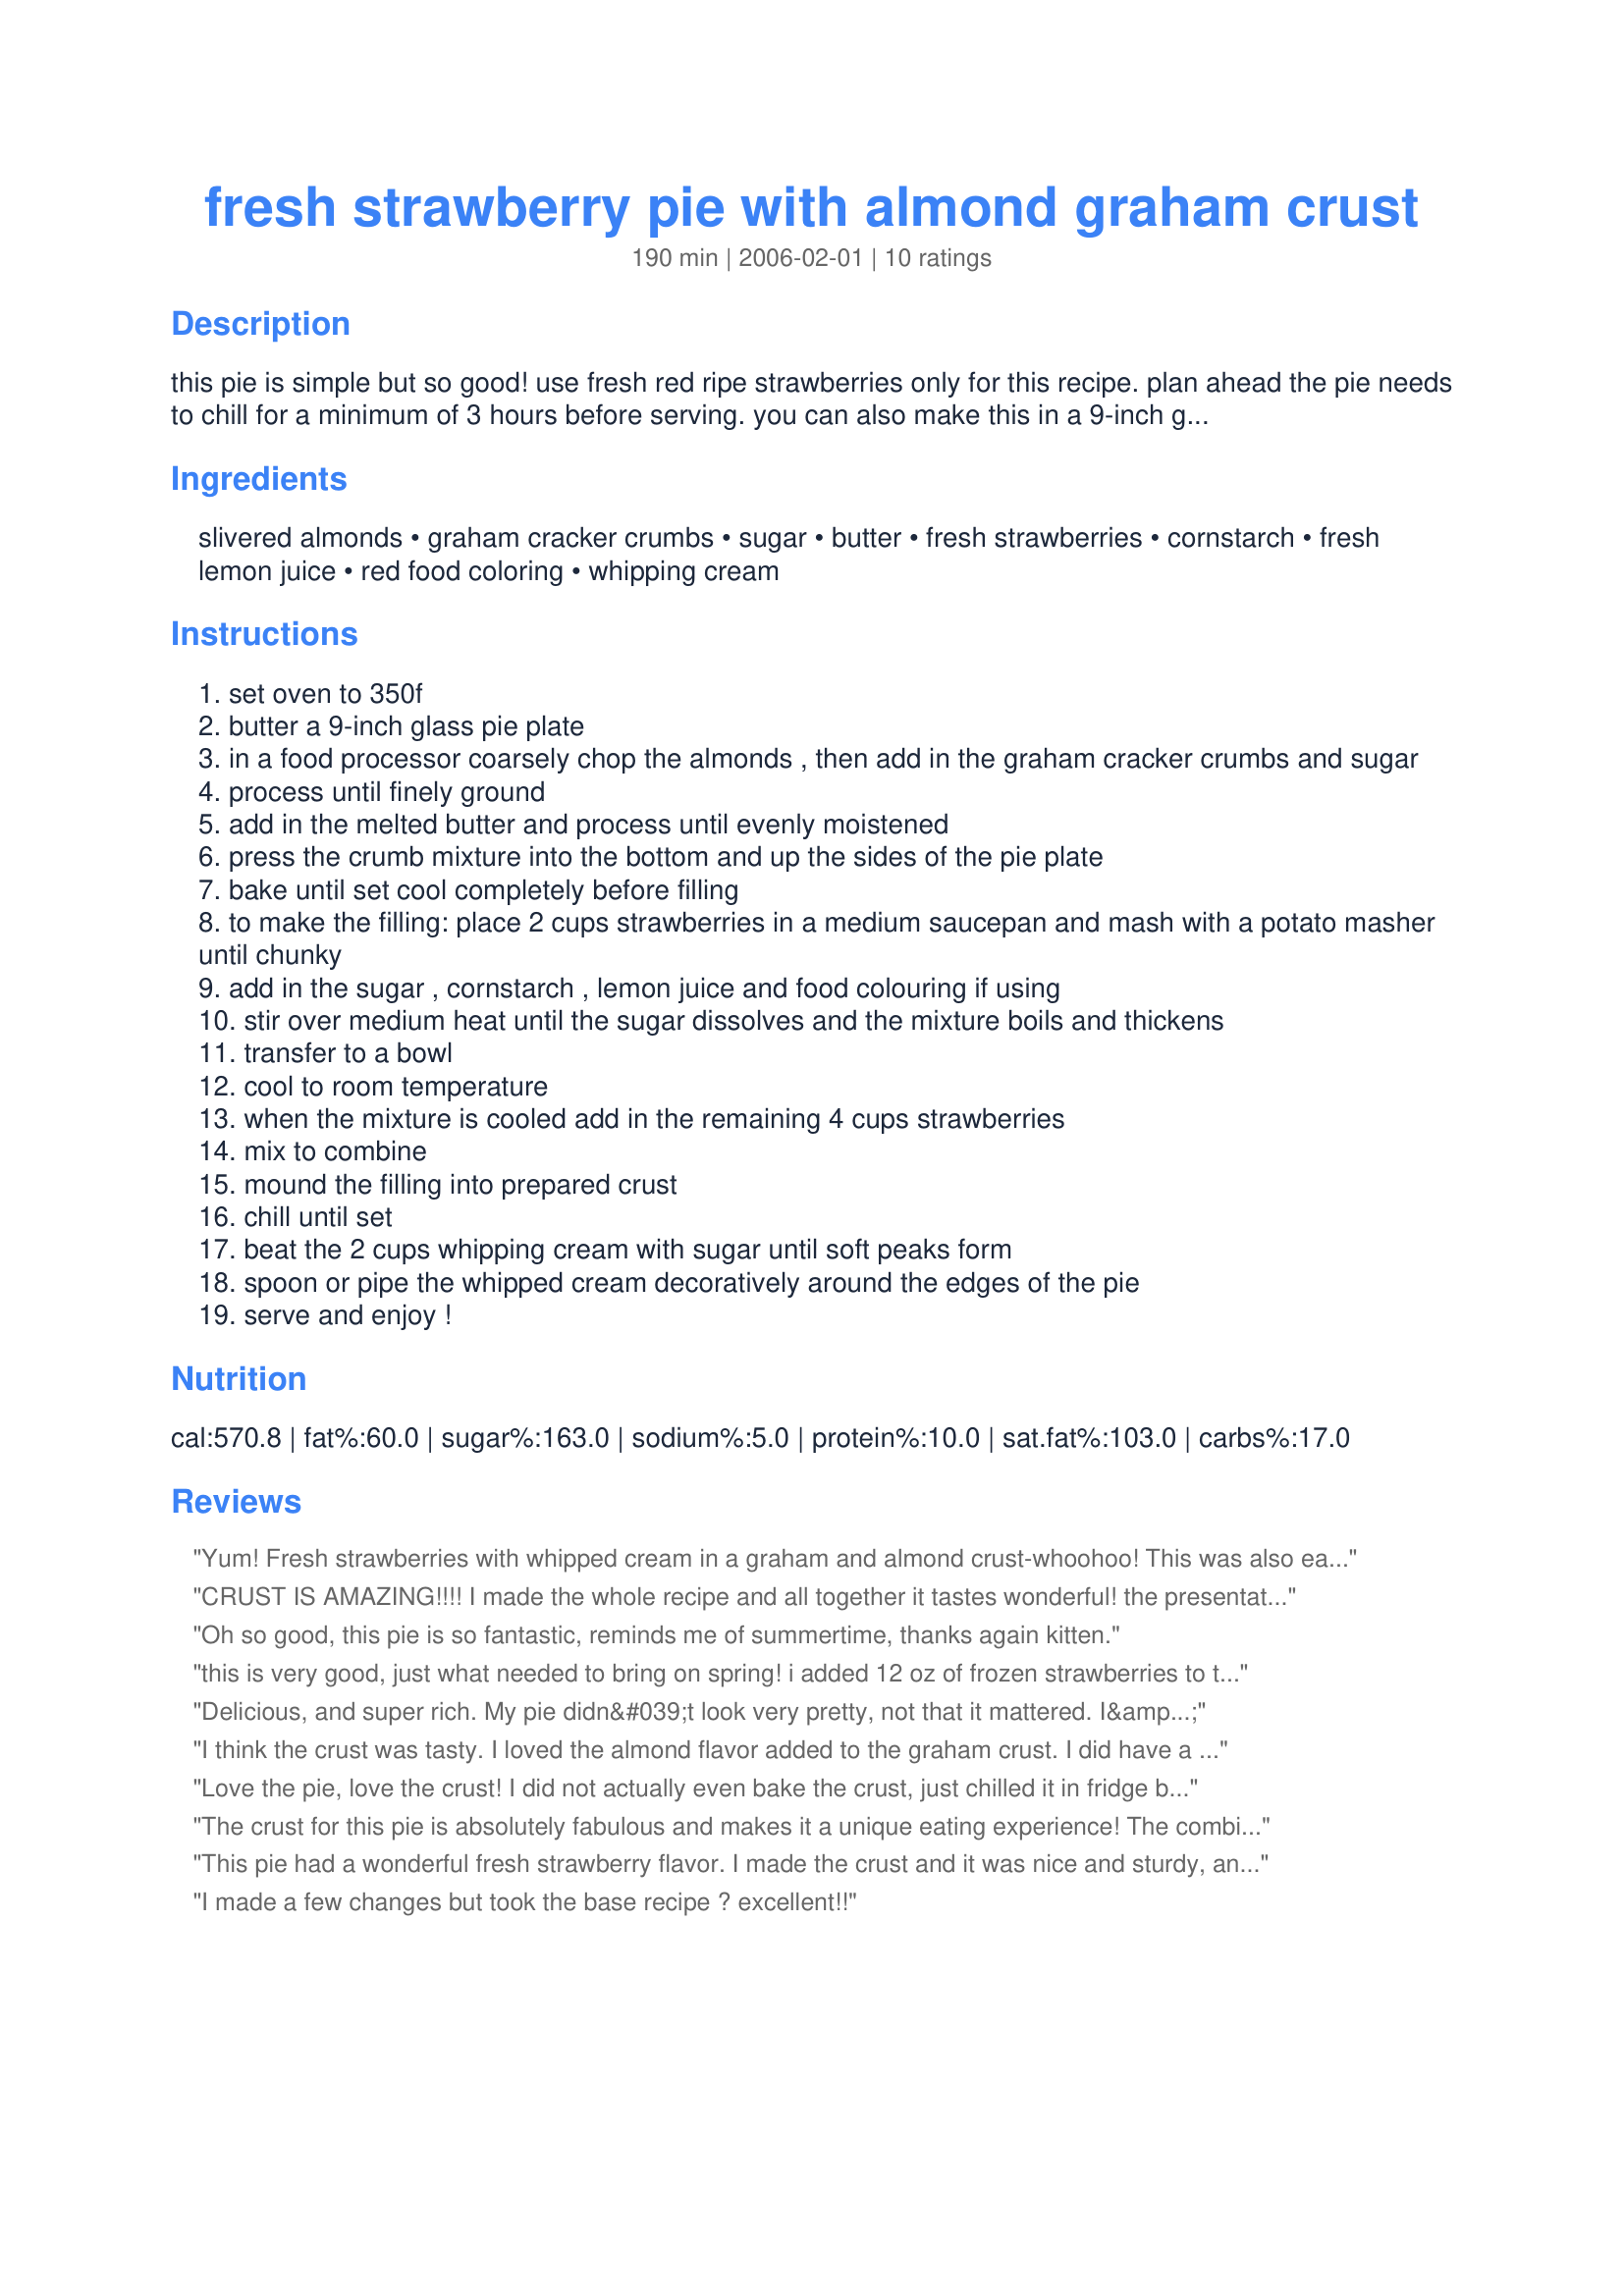
fresh strawberry pie with almond graham crust
Preparation time: 190 minutes

this pie is simple but so good! use fresh red ripe strawberries only for this recipe. plan ahead the pie needs to chill for a minimum of 3 hours before serving. you can also make this in a 9-inch glass baking dish. prep time includes chilling time, cooking time is for the crust.

Ingredients:
slivered almonds, graham cracker crumbs, sugar, butter, fresh strawberries, cornstarch, fresh lemon juice, red food coloring, whipping cream

Steps:
set oven to 350f
butter a 9-inch glass pie plate
in a food processor coarsely chop the almonds , then add in the graham cracker crumbs and sugar
process until finely ground
add in the melted butter and process until evenly moistened
press the crumb mixture into the bottom and up the sides of the pie plate
bake until set cool completely before filling
to make the filling: place 2 cups strawberries in a medium saucepan and mash with a potato masher until chunky
add in the sugar , cornstarch , lemon juice and food colouring if using
stir over medium heat until the sugar dissolves and the mixture boils and thickens
transfer to a bowl
cool to room temperature
when the mixture is cooled add in the remaining 4 cups strawberries
mix to combine
mound the filling into prepared crust
chill until set
beat the 2 cups whipping cream with sugar until soft peaks form
spoon or pipe the whipped cream decoratively around the edges of the pie
serve and enjoy !

Reviews:
Yum! Fresh strawberries with whipped cream in a graham and almond crust-whoohoo! This was also easy to put together. I cheated too and started with an already made crust and added ground almonds. Thanks Kitten!
CRUST IS AMAZING!!!! I made the whole recipe and all together it tastes wonderful! the presentation isn't the prettiest but the taste will blow you away! Thank you everyone raved how great the crust is. I am looking for a different strawberry filling. I want one that is like the old restaurant chain Tippins which used whole strawberries and w/ a thin glaze, not sure how to find that recipe or one similar but that is my goal. Thank you Kittencal you always have wonderful recipes! I have already made twice this year and will make a 3rd time today but I am going to try a different filling this attempt.
Oh so good, this pie is so fantastic, reminds me of summertime, thanks again kitten.
this is very good, just what needed to bring on spring! i added 12 oz of frozen strawberries to the mix, along with 16 oz fresh. used a store bought graham crust , and added some almonds. this took no time to make this morning, and made a great dessert - keeper
Delicious, and super rich. My pie didn&#039;t look very pretty, not that it mattered. I&#039;m not sure if I over baked the crust. I baked it 12 mins. and it didn&#039;t look set to me so I baked it 4 or 5 mins. longer. It tasted good, but was tough to slice. The filling set up nice and was full of flavor. Thanks for posting the recipe.
I think the crust was tasty. I loved the almond flavor added to the graham crust. I did have a bit of runny juice with the pie. It sat for 6 hours and still wasnt' set completely. Good thing I served it to good friends as it was a mess coming out of the pan. But they loved the taste anyway. I added a bit of almond flavoring to my whip cream and that was great.
Love the pie, love the crust! I did not actually even bake the crust, just chilled it in fridge before filling. Perfect. I also added a cream layer from the recipe 206468, just halving the cream in it. Fantastic!
The crust for this pie is absolutely fabulous and makes it a unique eating experience! The combination of flavors is spectacular! This is a keeper!!
This pie had a wonderful fresh strawberry flavor. I made the crust and it was nice and sturdy, and more flavorful than a regular graham crust. . My glaze got a bit runny while setting in the fridge. I think I overcooked the cornstarch mixture, since I did start the temp on high and then switched to medium.I also did not let my strawberry mixture totally cool before adding my whole strawberries. I think it was my error, since I did make a few changes. This did not stop us from loving every bite. It still cut pretty well, but I suspect it should have been firmer. I will definitely make again, Kitten.

Roxygirl
I made a few changes but took the base recipe ? excellent!!
